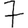
Digit: 7